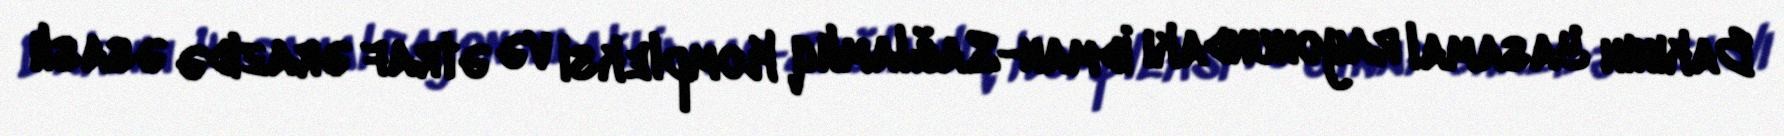
Bakının Yasamal rayonundakı İdman-Sağlamlıq Kompleksi və ətraf ərazidə əsaslı